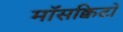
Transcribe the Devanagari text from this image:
माॅसक्विटो